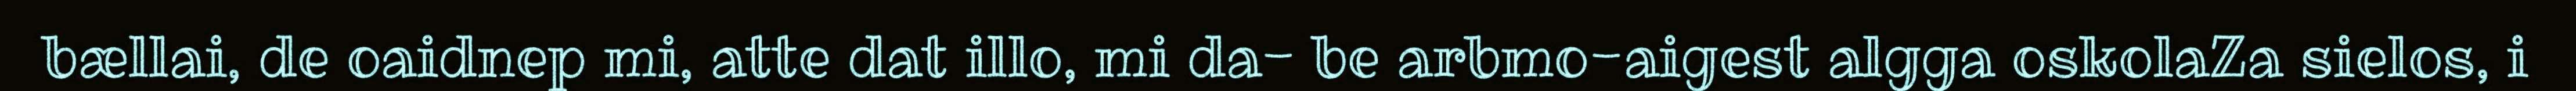
bællai, de oaidnep mi, atte dat illo, mi da- be arbmo-aigest algga oskolaZa sielos, i